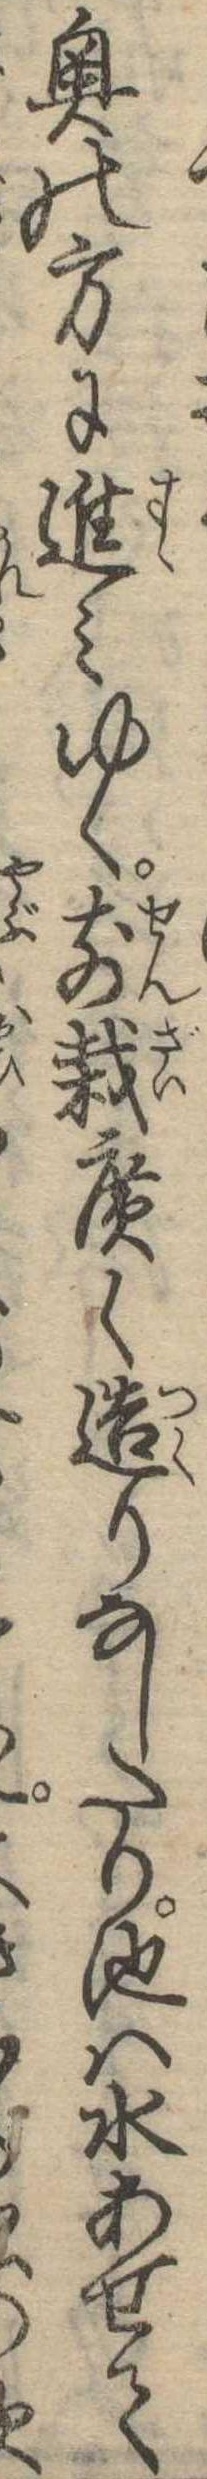
奥の方に進みゆく前栽広く造りなしたり池は水あせて